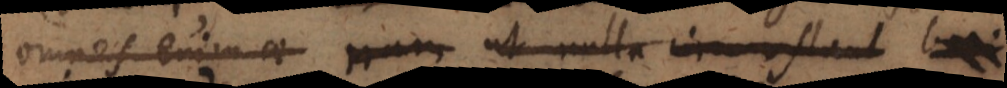
omnes enim ae nam ut nulla circumstant boni